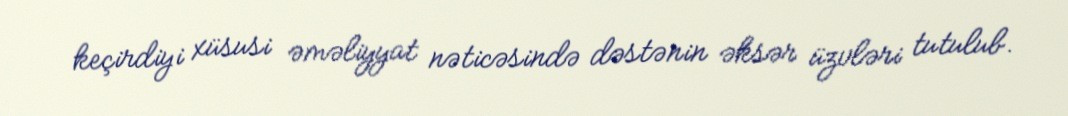
keçirdiyi xüsusi əməliyyat nəticəsində dəstənin əksər üzvləri tutulub.